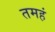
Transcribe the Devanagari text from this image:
तमहं